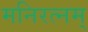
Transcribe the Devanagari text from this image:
मनिरत्नम्‌